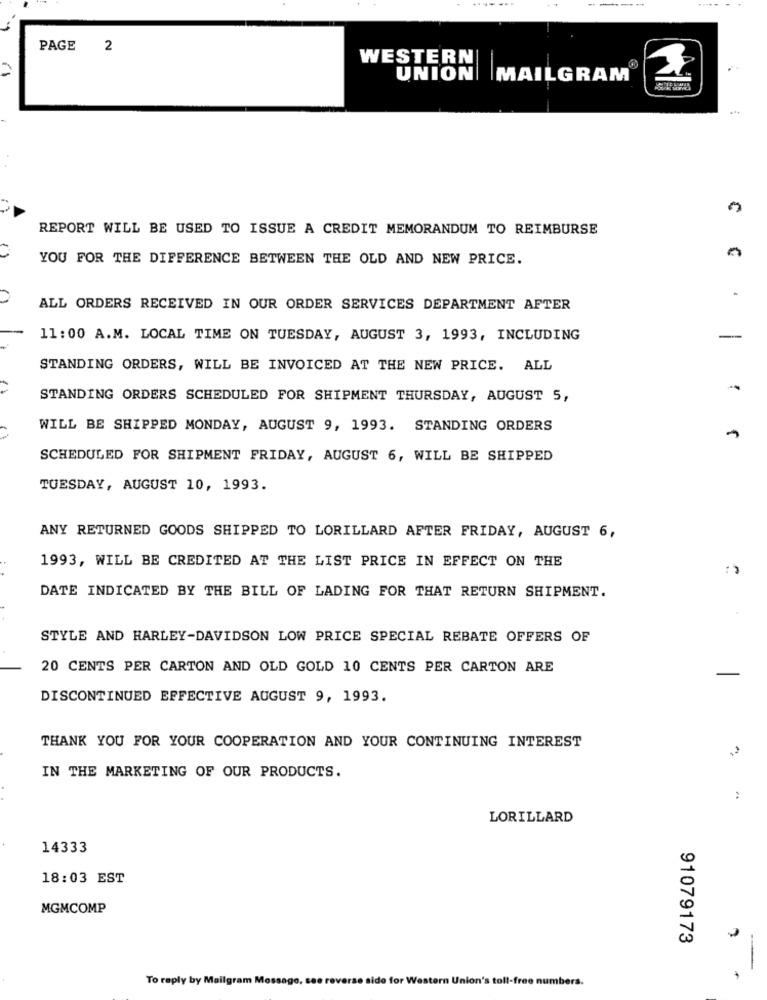
PAGE 2
WESTERN
UNION
MAILGRAM
REPORT WILL BE USED TO ISSUE A CREDIT MEMORANDUM TO REIMBURSE
YOU FOR THE DIFFERENCE BETWEEN THE OLD AND NEW PRICE.
ALL ORDERS RECEIVED IN OUR ORDER SERVICES DEPARTMENT AFTER
11:00 A.M. LOCAL TIME ON TUESDAY, AUGUST 3, 1993, INCLUDING
-
STANDING ORDERS, WILL BE INVOICED AT THE NEW PRICE. ALL
STANDING ORDERS SCHEDULED FOR SHIPMENT THURSDAY, AUGUST 5,
WILL BE SHIPPED MONDAY, AUGUST 9, 1993. STANDING ORDERS
SCHEDULED FOR SHIPMENT FRIDAY, AUGUST 6, WILL BE SHIPPED
TUESDAY, AUGUST 10, 1993.
ANY RETURNED GOODS SHIPPED TO LORILLARD AFTER FRIDAY, AUGUST 6,
1993, WILL BE CREDITED AT THE LIST PRICE IN EFFECT ON THE
DATE INDICATED BY THE BILL OF LADING FOR THAT RETURN SHIPMENT.
STYLE AND HARLEY-DAVIDSON LOW PRICE SPECIAL REBATE OFFERS OF
20 CENTS PER CARTON AND OLD GOLD 10 CENTS PER CARTON ARE
DISCONTINUED EFFECTIVE AUGUST 9, 1993.
THANK YOU FOR YOUR COOPERATION AND YOUR CONTINUING INTEREST
IN THE MARKETING OF OUR PRODUCTS.
:
LORILLARD
14333
18:03 EST
MGMCOMP
91079173
To reply by Mailgram Message, see reverse side for Western Union's toll-free numbers.